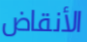
الأنقاض